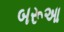
બરૂઆ